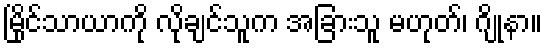
မြိုင်သာယာကို လိုချင်သူက အခြားသူ မဟုတ်၊ ဂျိုနာ။